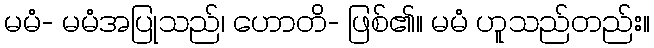
မမံ- မမံအပြုသည်၊ ဟောတိ- ဖြစ်၏။ မမံ ဟူသည်တည်း။